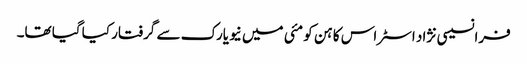
فرانسیسی نژاد اسٹراس کاہن کو مئی میں نیویارک سے گرفتار کیا گیا تھا۔